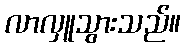
လာလှူသွားသည်။